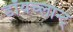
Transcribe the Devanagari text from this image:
डॉयच्लान्ट्